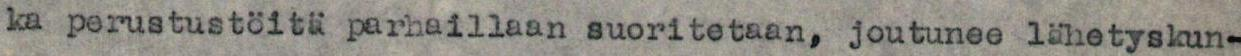
ka perustustöita parhaillaan suoritetaan, joutunee lähetyskun-